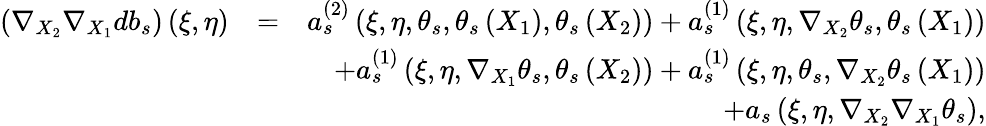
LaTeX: \begin{array}{rlr}{\left(\nabla_{X_{2}}\nabla_{X_{1}}db_{s}\right)\left(\xi,\eta\right)}&{=}&{a_{s}^{\left(2\right)}\left(\xi,\eta,\theta_{s},\theta_{s}\left(X_{1}\right),\theta_{s}\left(X_{2}\right)\right)+a_{s}^{\left(1\right)}\left(\xi,\eta,\nabla_{X_{2}}\theta_{s},\theta_{s}\left(X_{1}\right)\right)}\\ &{}&{+a_{s}^{\left(1\right)}\left(\xi,\eta,\nabla_{X_{1}}\theta_{s},\theta_{s}\left(X_{2}\right)\right)+a_{s}^{\left(1\right)}\left(\xi,\eta,\theta_{s},\nabla_{X_{2}}\theta_{s}\left(X_{1}\right)\right)}\\ &{}&{+a_{s}\left(\xi,\eta,\nabla_{X_{2}}\nabla_{X_{1}}\theta_{s}\right),}\end{array}